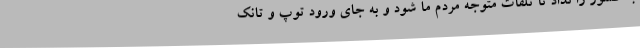
به کشور را نداد تا تلفات متوجه مردم ما شود و به جای ورود توپ و تانک